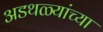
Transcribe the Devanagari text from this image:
अडथळ्यांच्या